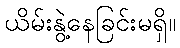
ယိမ်းနွဲ့နေခြင်းမရှိ။